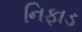
નિફાડ